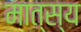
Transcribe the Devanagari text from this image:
मात्स्य